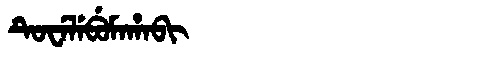
Manchu: ᡨᡠᠸᡝᠯᡝᠪᡠᠮᠠᡥᠠᠪᡳ
Romanization: TUWELEBUMAHABI